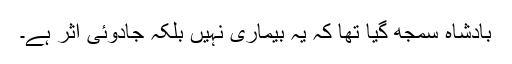
بادشاہ سمجھ گیا تھا کہ یہ بیماری نہیں بلکہ جادوئی اثر ہے۔